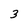
Character: 3